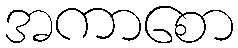
အကာစော